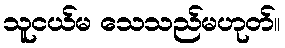
သူငယ်မ သေသည်မဟုတ်။